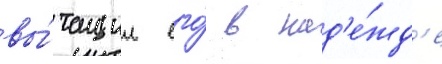
вы́тащил его́ в над'е́жд'е